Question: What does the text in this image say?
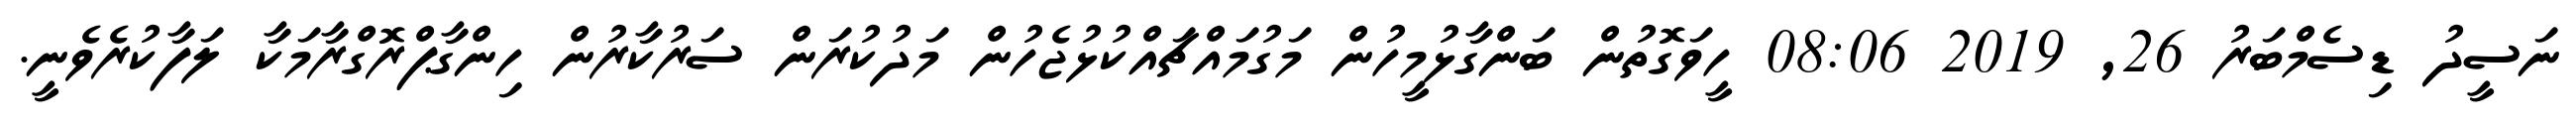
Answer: ނަސީދު ޑިސެމްބަރު 26, 2019 08:06 ހީވަގޮތުން ބަންގާޅުމީހުން މަގުމައްޗައްކުޅުޖެހުން މަދުކުރަން ސަރުކާރުން ހިންގާޕްރޮގްރާމަކާ ލަފާކުރެވެނީ.